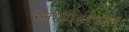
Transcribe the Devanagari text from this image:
ग्लॅमॉर्गनविरुद्धच्या